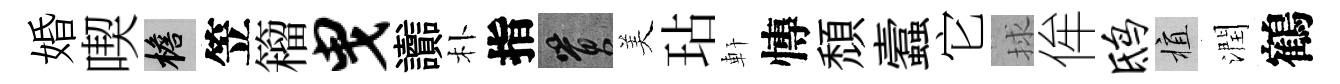
婚喫檐笠籕曳讟朴指篔美玷軒慱頹蠧它捄侔鸱植潤鶴